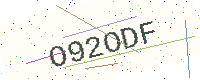
Text: O92ODF